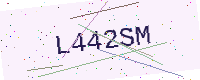
Text: L442SM